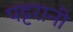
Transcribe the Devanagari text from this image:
पट्टरानी